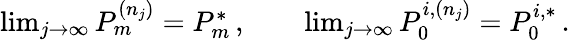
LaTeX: \begin{array}{r}{\operatorname*{lim}_{j\to\infty}P_{m}^{(n_{j})}=P_{m}^{*}\, ,\qquad\operatorname*{lim}_{j\to\infty}P_{0}^{i,(n_{j})}=P_{0}^{i,*}\, .}\end{array}